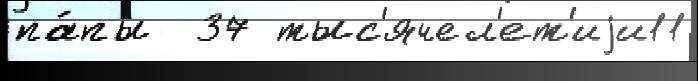
па́пы  37 тыс'ячел'ет'иjи11